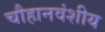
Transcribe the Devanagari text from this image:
चौहानवंशीय